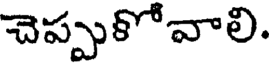
చెప్పుకోవాలి.